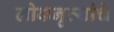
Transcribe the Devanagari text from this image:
लोकनृत्यांचे